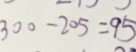
3 0 0 - 2 0 5 = 9 5